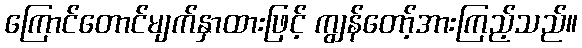
ကြောင်တောင်မျက်နှာထားဖြင့် ကျွန်တော့်အားကြည့်သည်။